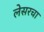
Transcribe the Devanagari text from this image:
लेसरचा